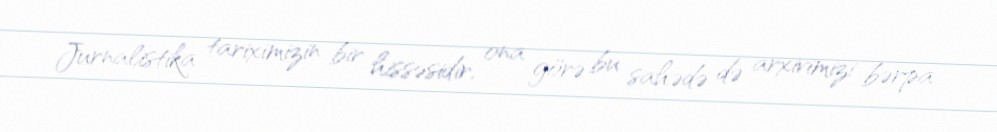
Jurnalistika tariximizin bir hissəsidir, ona görə bu sahədə də arxivimizi bərpa